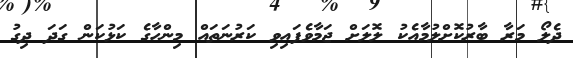
ދެލޯ މަރާ ބާރުކޮށްލުމާއެކު ލޮލަށް ޖަމާވެފައިވި ކަރުނަތައް މިންހާގެ ކަޅުކަން ގަދަ ދިގު